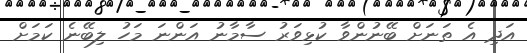
އަދި އެ ތަނަށް ބޭނުންވާ ކުޅިވަރު ސާމާނު އަންނަ މަހު ލިބޭނެ ކަމަށް